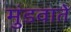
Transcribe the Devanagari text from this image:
मुंडवाते